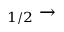
_ { 1 / 2 } \rightarrow